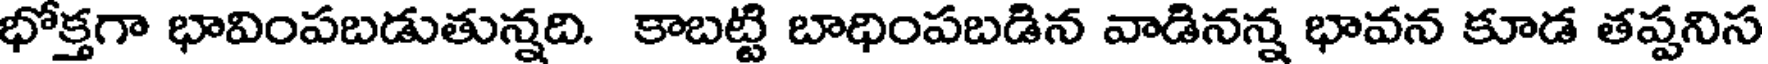
భోక్తగా భావింపబడుతున్నది. కాబట్టి బాధింపబడిన వాడినన్న భావన కూడ తప్పనిస